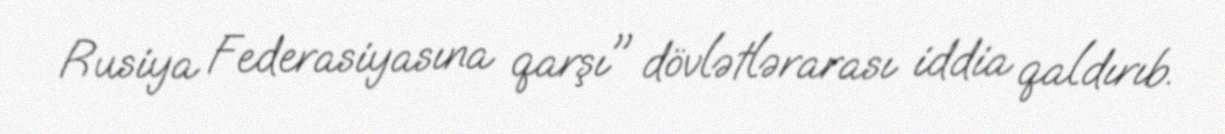
Rusiya Federasiyasına qarşı" dövlətlərarası iddia qaldırıb.